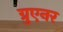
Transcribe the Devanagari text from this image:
ग्रुएनर